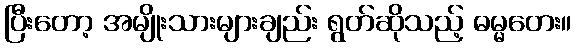
ပြီးတော့ အမျိုးသားများချည်း ရွတ်ဆိုသည့် ဓမ္မတေး။